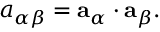
\begin{array} { r } { { a } _ { \alpha \beta } = { \bf { a } } _ { \alpha } \cdot { \bf { a } } _ { \beta } . } \end{array}